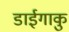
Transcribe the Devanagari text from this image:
डाईगाकु